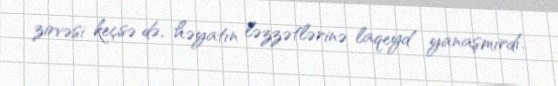
zirvəsi keçsə də, həyatın ləzzətlərinə laqeyd yanaşmırdı.